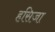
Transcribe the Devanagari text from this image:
हसिजा